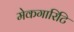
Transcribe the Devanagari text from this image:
मेकगारिटि